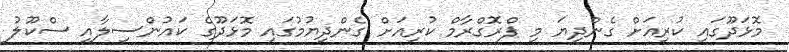
މޮޅަދޫގައި ކުރިއަށް ގެންދިޔަ މި ޕްރޮގްރާމް ކުރިއަށް ގެންދިޔުމުގައި މޮޅަދޫގެ ކައުންސިލާއި ސްކޫލު